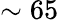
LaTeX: \sim 65